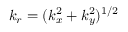
k _ { r } = ( k _ { x } ^ { 2 } + k _ { y } ^ { 2 } ) ^ { 1 / 2 }